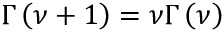
\Gamma \left( \nu + 1 \right) = \nu \Gamma \left( \nu \right)